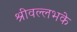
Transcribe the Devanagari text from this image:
श्रीवल्लभके